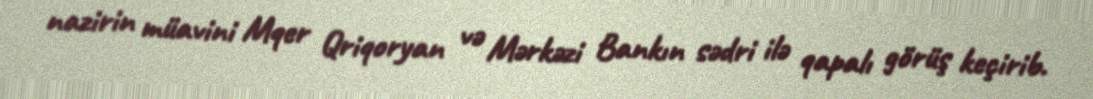
nazirin müavini Mqer Qriqoryan və Mərkəzi Bankın sədri ilə qapalı görüş keçirib.